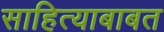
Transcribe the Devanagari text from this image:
साहित्याबाबत